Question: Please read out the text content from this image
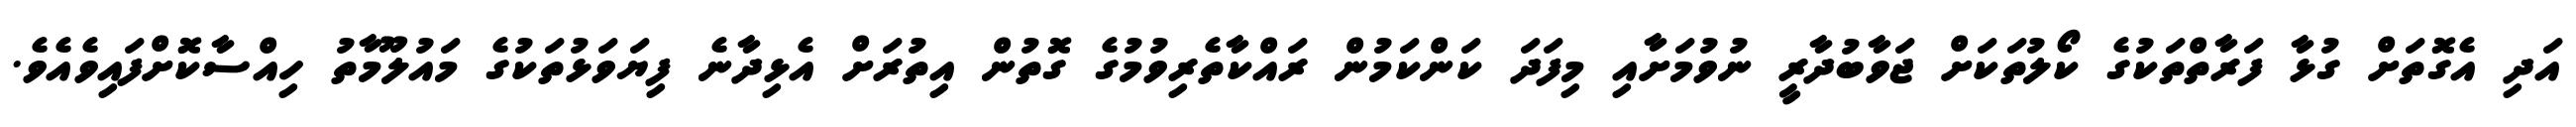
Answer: އަދި އެގޮތަށް ގުޅާ ފަރާތްތަކުގެ ކޯލުތަކަށް ޖަވާބުދާރީ ނުވުމަށާއި މިފަދަ ކަންކަމުން ރައްކާތެރިވުމުގެ ގޮތުން އިތުރަށް އެޅިދާނެ ފިޔަވަޅުތަކުގެ މައުލޫމާތު ހިއްސާކޮށްފައިވެއެވެ.